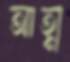
আত্ম